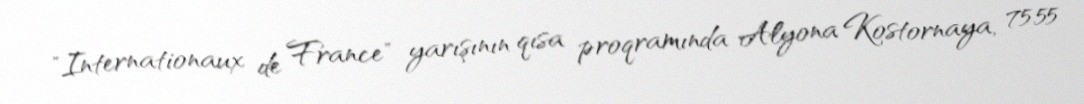
"Internationaux de France" yarışının qısa proqramında Alyona Kostornaya, 75.55